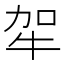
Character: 𤙄